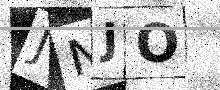
Text: JNJO